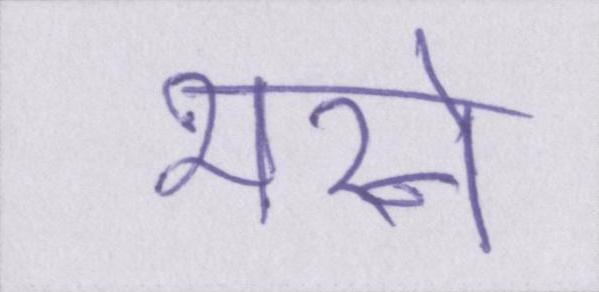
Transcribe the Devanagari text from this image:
भरने